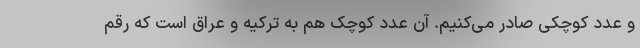
و عدد کوچکی صادر می‌کنیم. آن عدد کوچک هم به ترکیه و عراق است که رقم